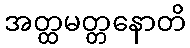
အတ္ထမတ္တနောတိ